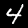
Label: 4